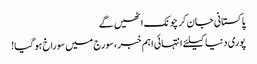
پاکستانی جان کر چونک اٹھیں گے
پوری دنیا کیلئے انتہائی اہم خبر ،سورج میں سوراخ ہو گیا!